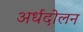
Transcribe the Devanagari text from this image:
अर्धदोलन